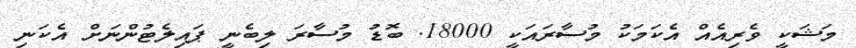
މަޝަކީ ވެރިއެއް އެކަމަކު މުސާރައަކީ 18000. ބޮޑު މުސާރަ ލިބެނީ ޕައިލެޓުންނަށް އެކަނި